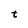
Character: t